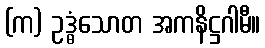
(က) ဥဒ္ဓံသောတ အကနိဋ္ဌဂါမီ။